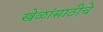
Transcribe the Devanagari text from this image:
खेळांसाठीचे